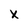
Character: x